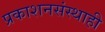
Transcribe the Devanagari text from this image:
प्रकाशनसंस्थाही